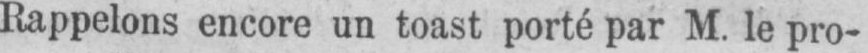
Rappelons encore un toast porté par M. le pro-